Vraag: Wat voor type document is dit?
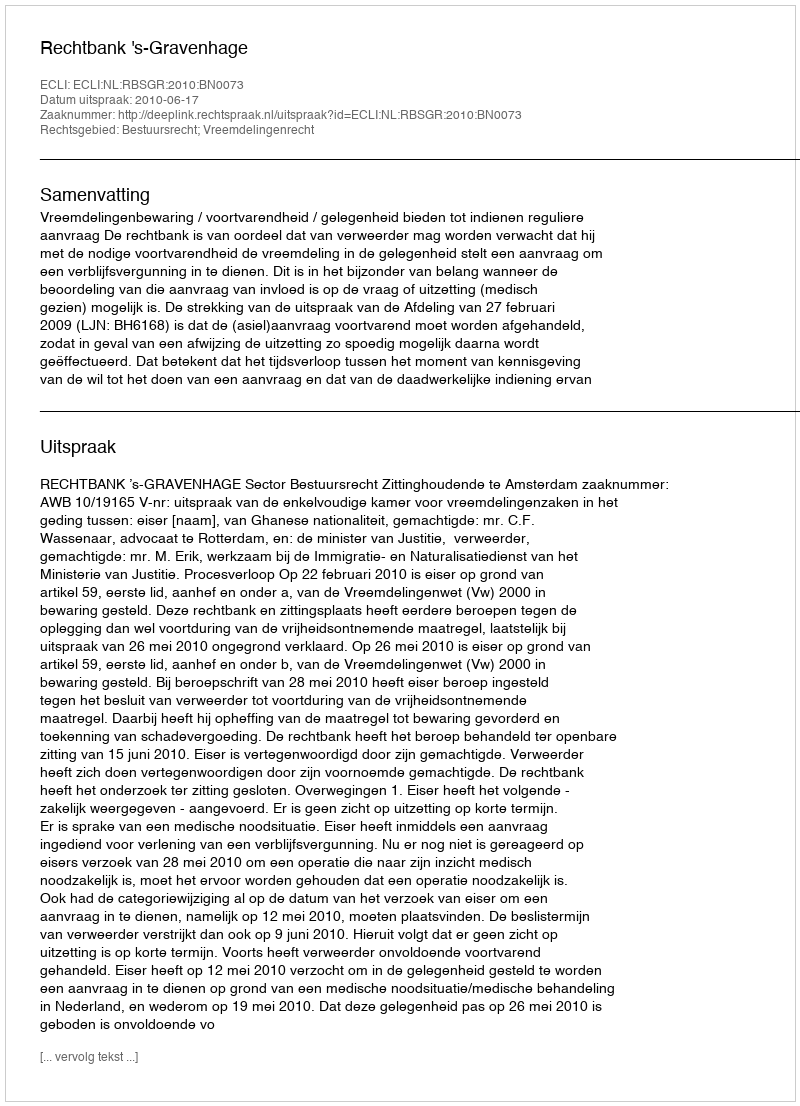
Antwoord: Uitspraak